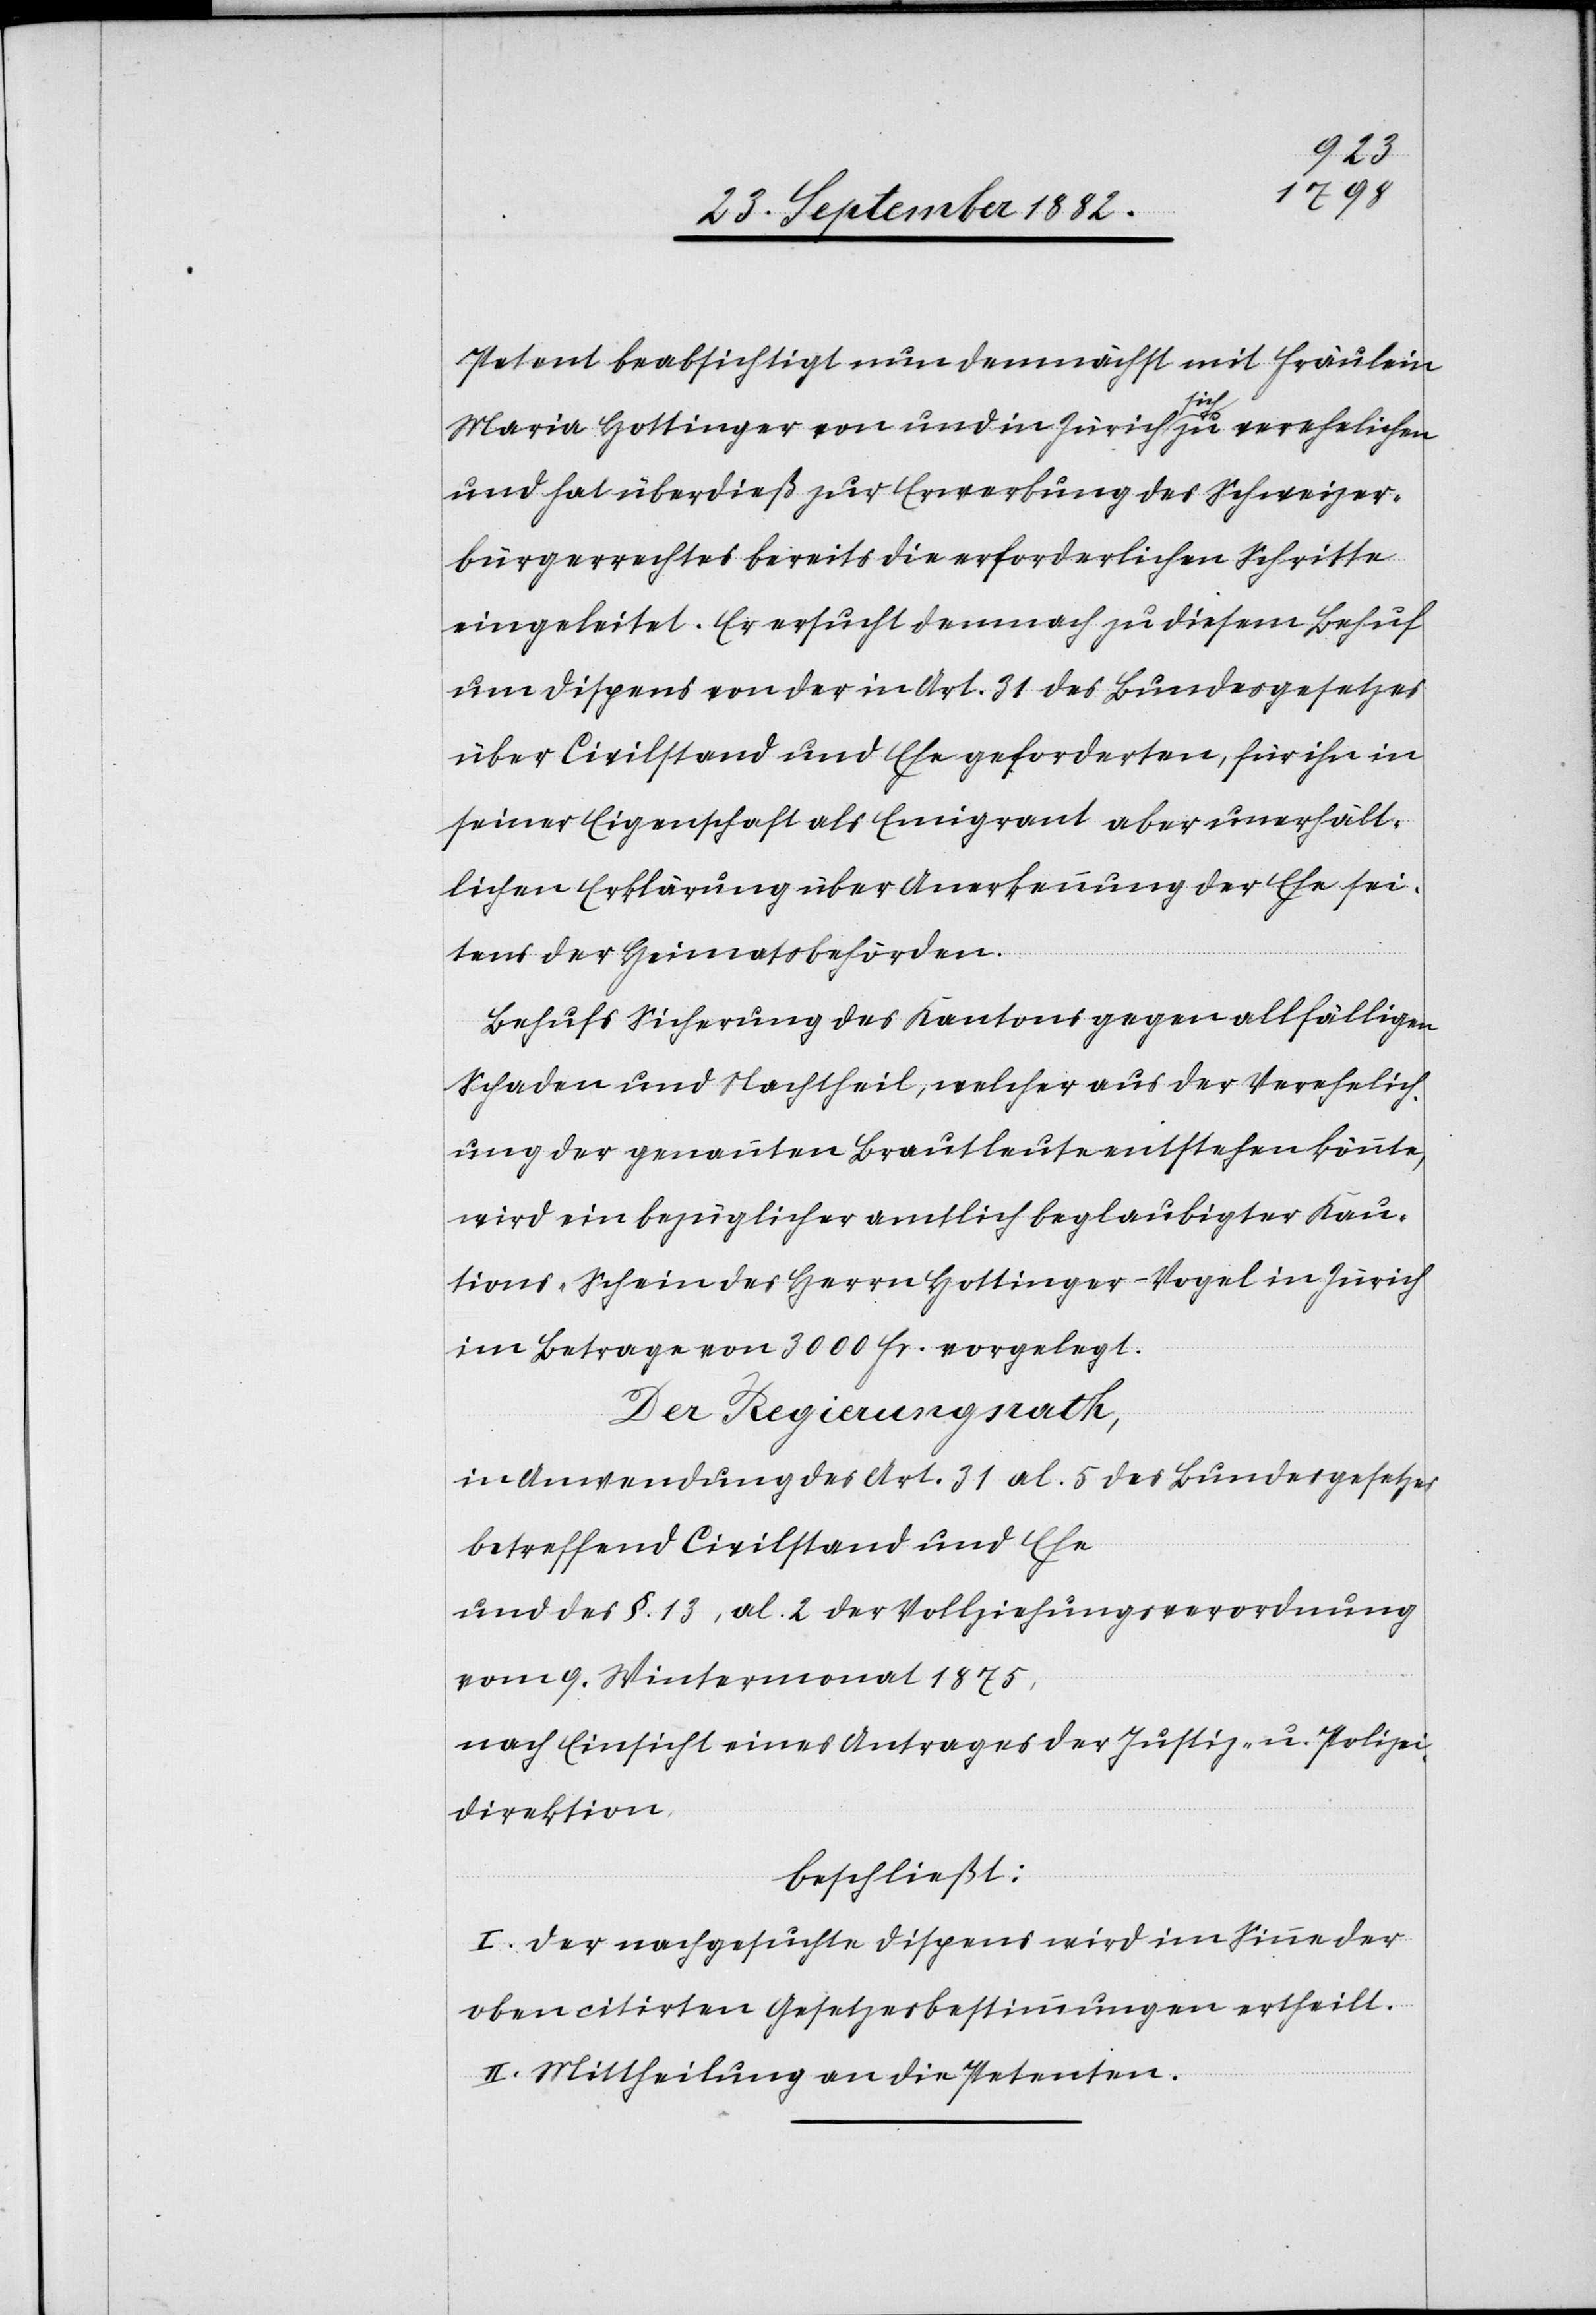
Petent beabsichtigt nun demnächst mit Fräulein
Maria Hottinger von und in Zürich sich zu verehelichen
und hat überdieß zur Erwerbung des Schweizer¬
bürgerrechtes bereits die erforderlichen Schritte
eingeleitet. Er ersucht demnach zu diesem Behuf
um Dispens von der in Art. 31 des Bundesgesetzes
über Civilstand und Ehe geforderten, für ihn in
seiner Eigenschaft als Emigrant aber unerhält¬
lichen Erklärung über Anerkennung der Ehe sei¬
tens der Heimatsbehörden.
Behufs Sicherung des Kantons gegen allfälligen
Schaden und Nachtheil, welcher aus der Verehelich¬
ung der genannten Brautleute entstehen könnte,
wird ein bezüglicher amtlich beglaubigter Kau¬
tions-Schein des Herrn Hottinger-Vogel in Zürich
im Betrage von 3000 Fr. vorgelegt.
Der Regierungsrath,
in Anwendung des Art. 31 al. 5 des Bundesgesetzes
betreffend Civilstand und Ehe
und des §. 13, al. 2 der Vollziehungsverordnung
vom 9. Wintermonat 1875,
nach Einsicht eines Antrages der Justiz- & Polizei¬
direktion,
beschließt:
I. Der nachgesuchte Dispens wird im Sinne der
oben citirten Gesetzesbestimmung ertheilt.
II. Mittheilung an die Petenten.